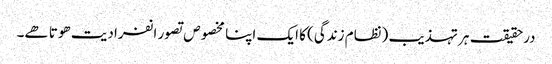
درحقیقت ہر تہذیب (نظام زندگی) کا ایک اپنا مخصوص تصور انفرادیت ھوتا ھے۔